Inquiry into the circumstances attending an outbreak of cholera in H. M.'s 18th Hussars at Secunderabad in the month of May
Year: 1871
Disease focus: Cholera
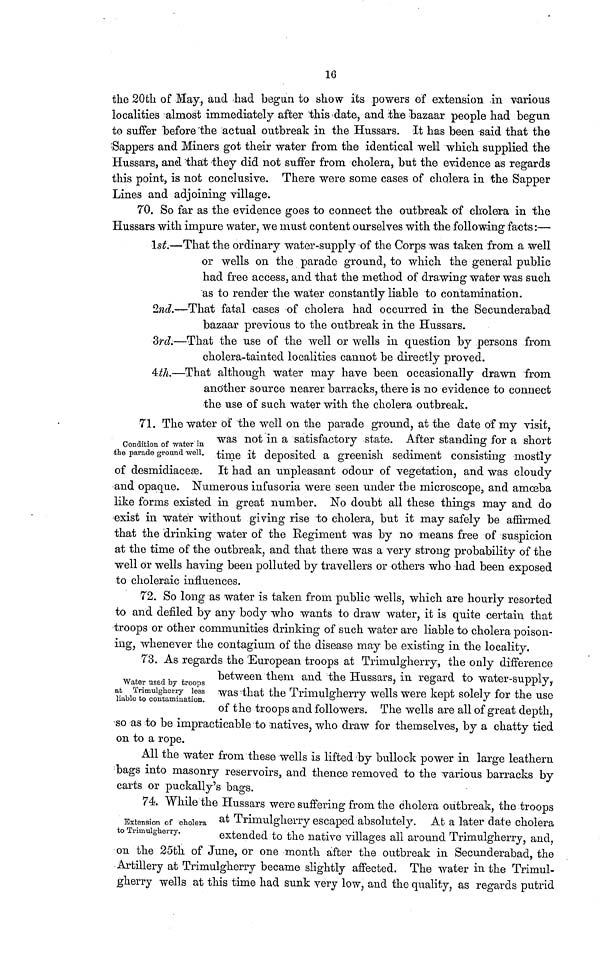
16
the 20th of May, and had begun to show its powers of extension in various
localities almost immediately after this date, and the bazaar people had begun
to suffer before the actual outbreak in the Hussars. It has been said that the
Sappers and Miners got their water from the identical well which supplied the
Hussars, and that they did not suffer from cholera, but the evidence as regards
this point, is not conclusive. There were some cases of cholera in the Sapper
Lines and adjoining village.
70. So far as the evidence goes to connect the outbreak of cholera in the
Hussars with impure water, we must content ourselves with the following facts :—
1st.—That the ordinary water-supply of the Corps was taken from a well
or wells on the parade ground, to which the general public
had free access, and that the method of drawing water was such
as to render the water constantly liable to contamination.
2nd.—That fatal cases of cholera had occurred in the Secunderabad
bazaar previous to the outbreak in the Hussars.
3rd.—That the use of the well or wells in question by persons from
cholera-tainted localities cannot be directly proved.
4th.—That although water may have been occasionally drawn from
another source nearer barracks, there is no evidence to connect
the use of such water with the cholera outbreak.
71. The water of the well on the parade ground, at the date of my visit,
Condition of water in
the
parade
ground
well.
was not in a satisfactory state. After standing for a short
time it deposited a greenish sediment consisting mostly
of desmidiaceæ. It had an unpleasant odour of vegetation, and was cloudy
and opaque. Numerous infusoria were seen under the microscope, and amœba
like forms existed in great number. No doubt all these things may and do
exist in water without giving rise to cholera, but it may safely be affirmed
that the drinking water of the Regiment was by no means free of suspicion
at the time of the outbreak, and that there was a very strong probability of the
well or wells having been polluted by travellers or others who had been exposed
to choleraic influences.
72. So long as water is taken from public wells, which are hourly resorted
to and defiled by any body who wants to draw water, it is quite certain that
troops or other communities drinking of such water are liable to cholera poison-
ing, whenever the contagium of the disease may be existing in the locality.
73. As regards the European troops at Trimulgherry, the only difference
Water
used
by
troops
at
Trimulgherry
less
liable
to
contamination.
between them and the Hussars, in regard to water-supply,
was that the Trimulgherry wells were kept solely for the use
of the troops and followers. The wells are all of great depth,
so as to be impracticable to natives, who draw for themselves, by a chatty tied
on to a rope.
All the water from these wells is lifted by bullock power in large leathern
bags into masonry reservoirs, and thence removed to the various barracks by
carts or puckally's bags.
74. While the Hussars were suffering from the cholera outbreak, the troops
Extension of cholera
to
Trimulgherry.
at
Trimulgherry escaped absolutely. At a later date cholera
extended to the native villages all around Trimulgherry, and,
on the 25th of June, or one month after the outbreak in Secunderabad, the
Artillery at Trimulgherry became slightly affected. The water in the Trimul-
gherry wells at this time had sunk very low, and the quality, as regards putrid